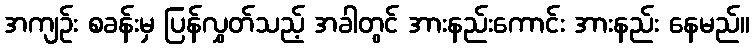
အကျဉ်း စခန်းမှ ပြန်လွှတ်သည့် အခါတွင် အားနည်းကောင်း အားနည်း နေမည်။